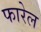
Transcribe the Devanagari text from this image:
फारेल